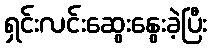
ရှင်းလင်းဆွေးနွေးခဲ့ပြီး